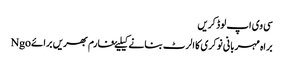
سی وی اپ لوڈ کریں
براہ مہربانی نوکری کا الرٹ بنانے کیلیۓ فارم بھریں برائے Ngo